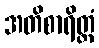
အတိစာရိတ္တံ